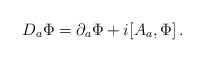
\begin{align*}D_a\Phi = \partial_a \Phi + i[A_a,\Phi] \, .\end{align*}